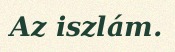
Az iszlám.